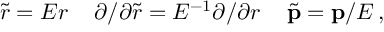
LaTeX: { \widetilde r } = E r \, \quad \partial / \partial { \widetilde r } = E ^ { - 1 } \partial / \partial r \, \quad { \widetilde { \bf p } } = { \bf p } / E \, ,